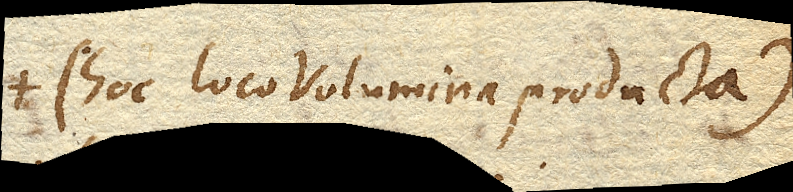
(hoc loco Volumina producta)